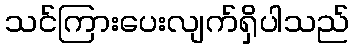
သင်ကြားပေးလျက်ရှိပါသည်